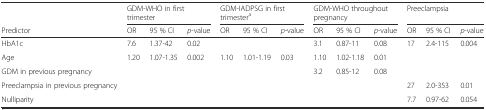
|  | <COLSPAN=3> GDM-WHO in first trimester | <COLSPAN=3> GDM-IADPSG in first trimestera | <COLSPAN=3> GDM-WHO throughout pregnancy | <COLSPAN=3> Preeclampsia |
 | Predictor | OR | 95 % CI | p-value | OR | 95 % CI | p-value | OR | 95 % CI | p-value | OR | 95 % CI | p-value |
 | --- | --- | --- | --- | --- | --- | --- | --- | --- | --- | --- | --- | --- |
 | HbA1c | 7.6 | 1.37-42 | 0.02 |  |  |  | 3.1 | 0.87-11 | 0.08 | 17 | 2.4-115 | 0.004 |
 | Age | 1.20 | 1.07-1.35 | 0.002 | 1.10 | 1.01-1.19 | 0.03 | 1.10 | 1.02-1.18 | 0.01 |  |  |  |
 | GDM in previous pregnancy |  |  |  |  |  |  | 3.2 | 0.85-12 | 0.08 |  |  |  |
 | Preeclampsia in previous pregnancy |  |  |  |  |  |  |  |  |  | 27 | 2.0-353 | 0.01 |
 | Nulliparity |  |  |  |  |  |  |  |  |  | 7.7 | 0.97-62 | 0.054 |